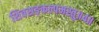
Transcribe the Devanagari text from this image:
शिवसङ्कल्पमस्तु॥४॥